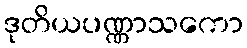
ဒုတိယပဏ္ဏာသကော